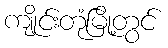
ကျိုင်းတုံမြို့တွင်